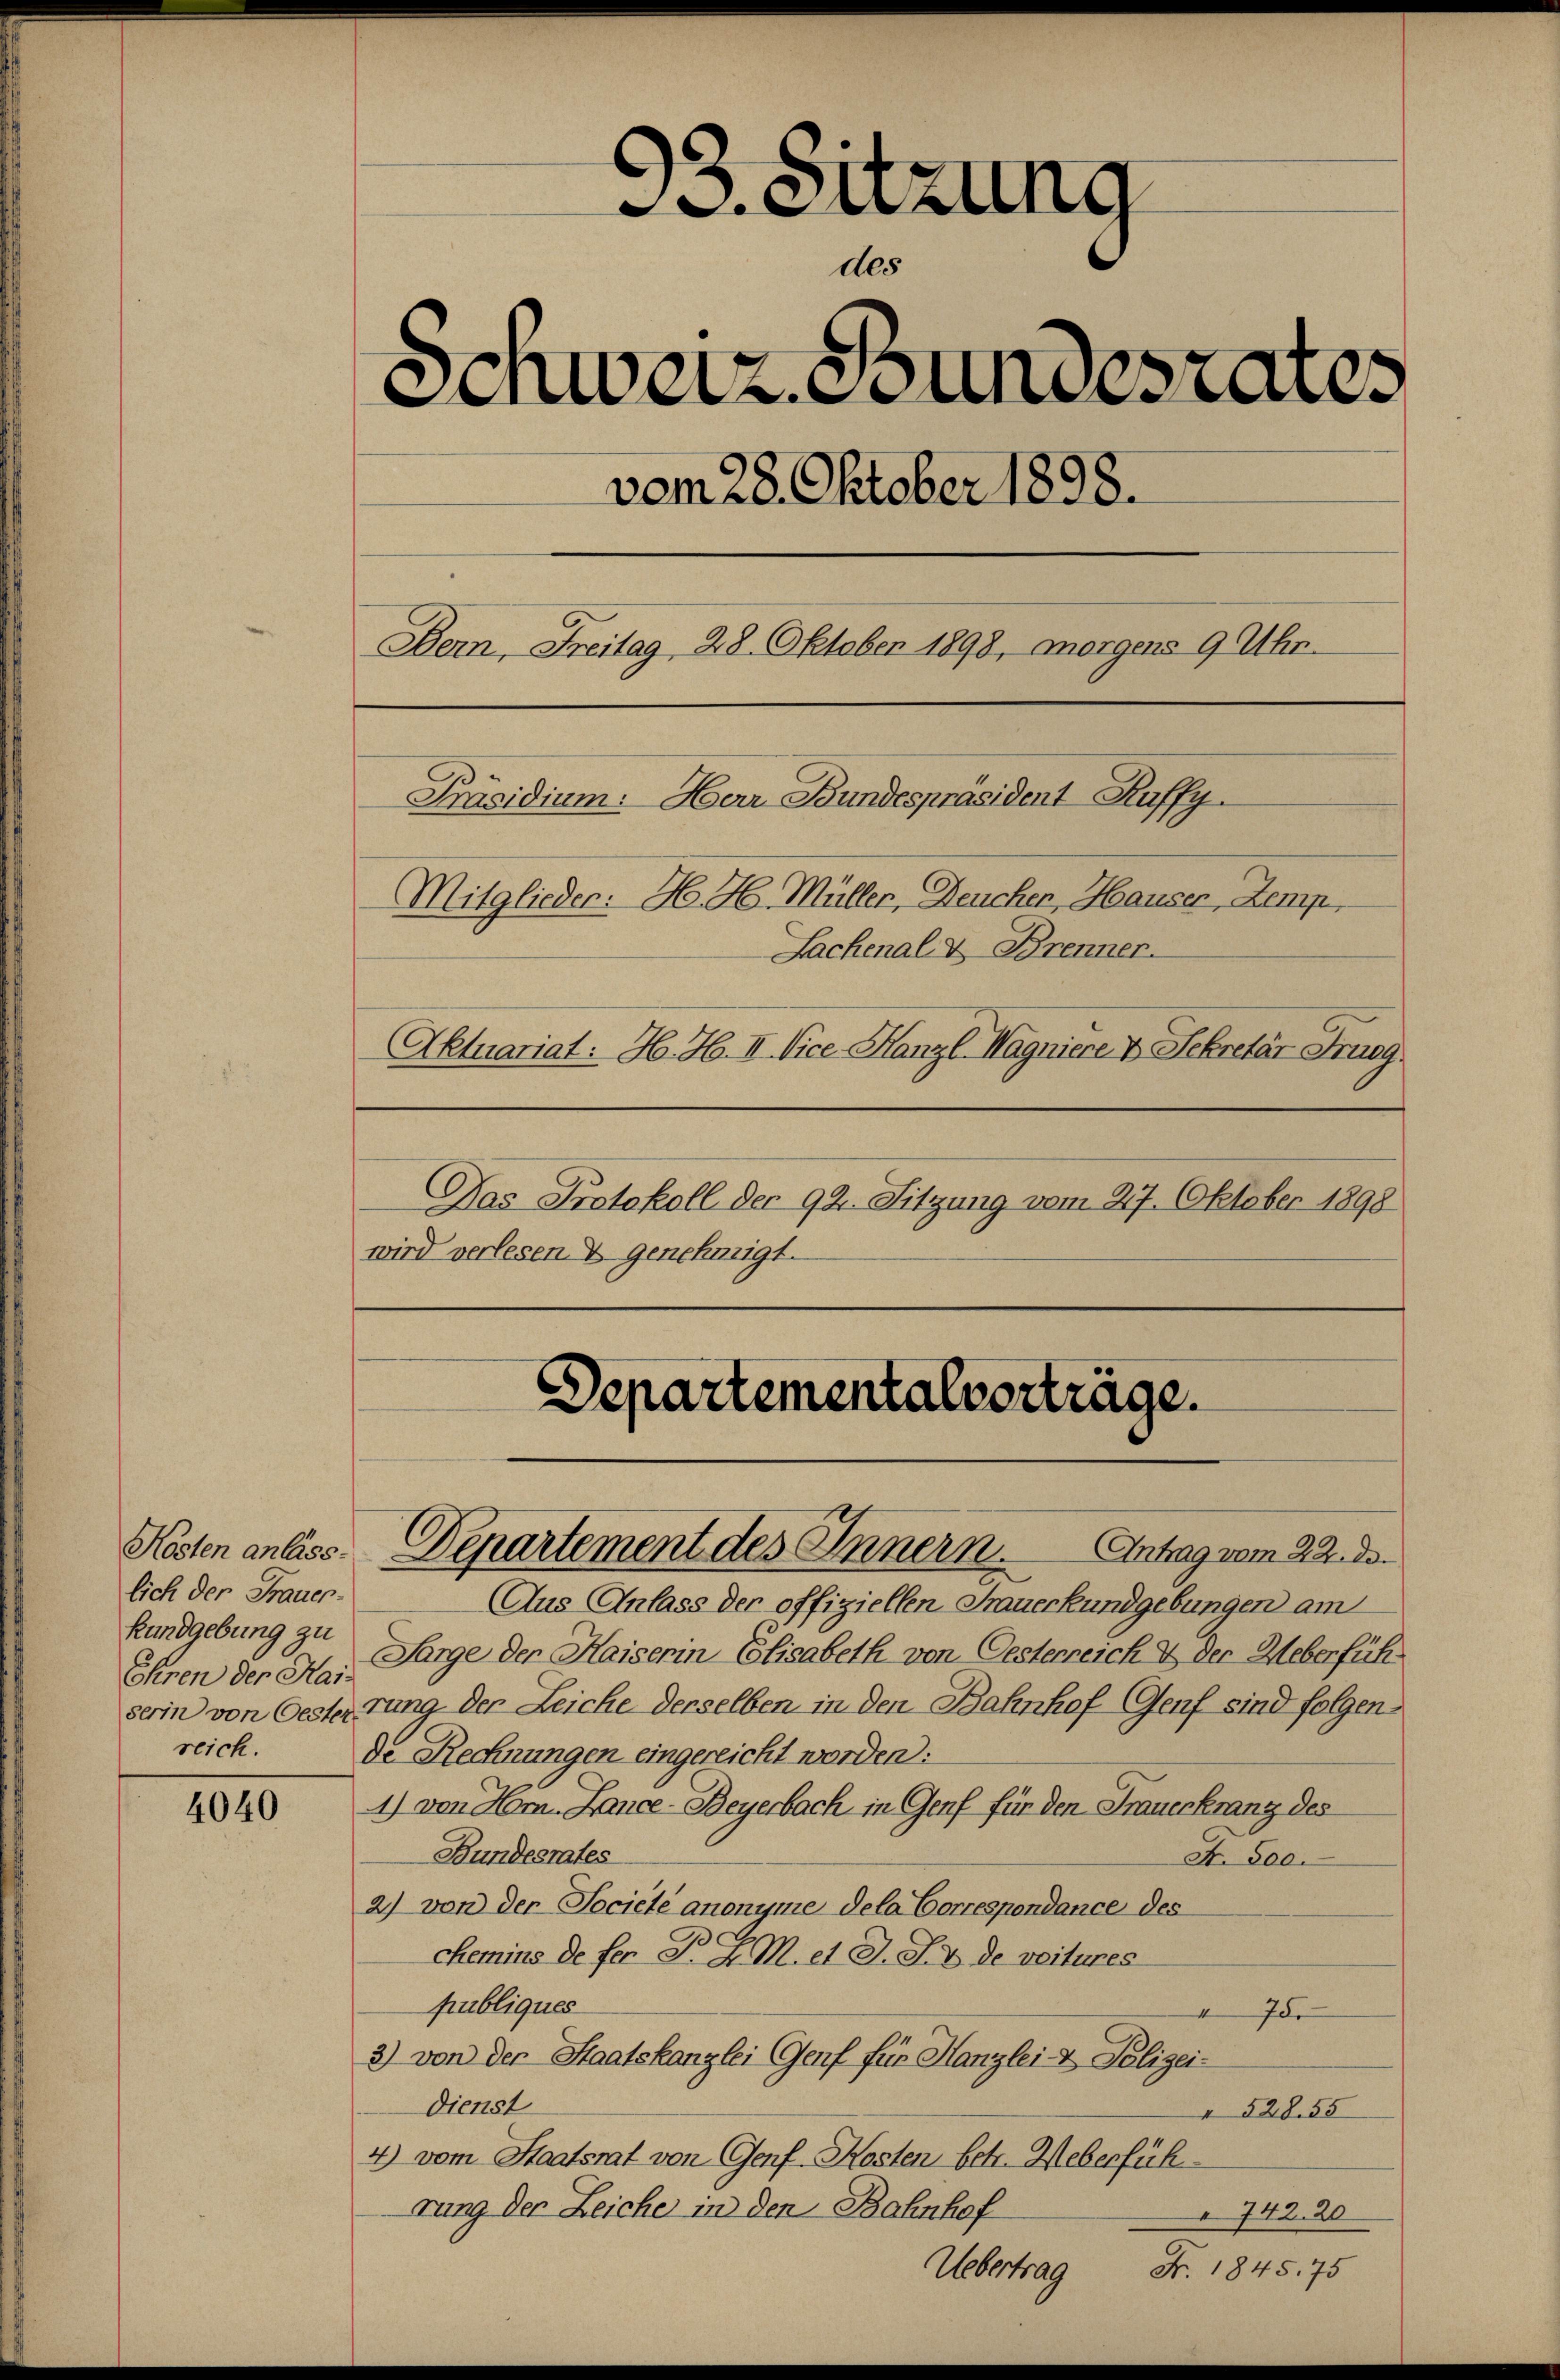
lich der Frauer-
Kundgebung zu
Ehren der Hai-
reich.

4040

93. Sitzung
des
Schweiz. Stundesrates
vom 28. Oktober 1898.
Bern, Freitag 28. Oktober 1898, morgens 9 Uhr.
Präsidium: Herr Bundespräsident Ruffy.
Mitglieder: H. H. Müller, Deuchen, Hauser, Zemp,
Sachenal- & Brenner.
Aktuariat: H. H. II. Vice Kanzl Magniere V. Sekretär Frag
Das Protokoll der 92. Sitzung vom 27. Oktober 1898
wird verlesen. Es genehmigt.

Departementalvorträge.

Kosten anlass. Departement des Innern. Antrag vom 22. de

Aus Anlass der offiziellen Frauerkundgebungen am
Sarge der Kaiserin Elisabeth von Oesterreich & der Ueberfüh
serin von Oesterrung der Leiche derselben in den Bahnhof Genf sind folgen
de Rechnungen eingereicht worden.
1) von Hrn. Lance-Beyerbach in Genf für den Frauerkranz des
Bundesrates
A. 800.
2) von der Société anonyme dela Correspondance des
chemins de fer P. J. M. et J. J. de voitures
publiques
v Ide
3) von der Staatskanzlei Genf für Kanzlei- & Polizei¬
Dienst
" 528. 55
4) vom Staatsrat von Genf Kosten betr. Weberfüh
rung der Zeiche in den Bahnhof
 742. 20
Uebertrag Fr. 1845. 75